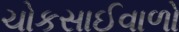
ચોકસાઈવાળો